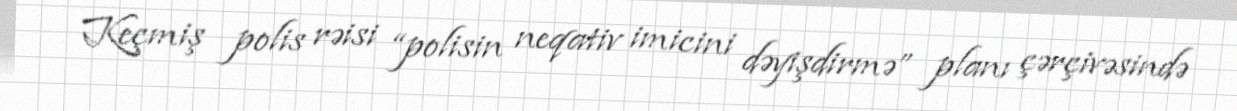
Keçmiş polis rəisi “polisin neqativ imicini dəyişdirmə” planı çərçivəsində